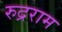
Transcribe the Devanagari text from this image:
रुद्रराम